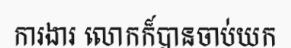
ការងារ លោកក៏បានចាប់យក